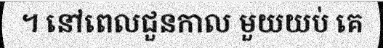
។ នៅពេលជួនកាល មួយយប់ គេ